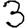
Digit: 3